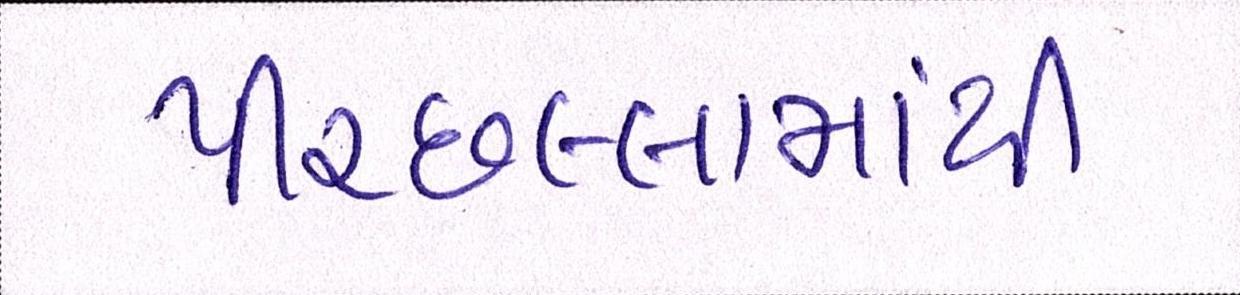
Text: પીરછલ્લામાંથી